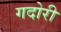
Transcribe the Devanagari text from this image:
गदोरी